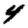
Digit: 4